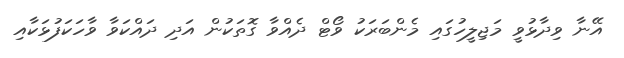
އޭނާ ވިދާޅުވީ މަޖިލީހުގައި މެންބަރަކު ވޯޓް ދެއްވާ ގޮތަކުން އަދި ދައްކަވާ ވާހަކަފުޅަކާއި